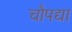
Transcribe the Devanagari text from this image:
चौपद्या